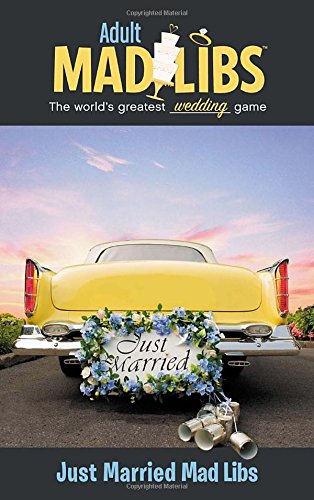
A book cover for Just Married Mad Libs (Adult Mad Libs); Molly Reisner; Humor & Entertainment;